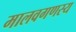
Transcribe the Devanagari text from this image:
मालवगणस्य